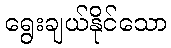
ရွေးချယ်နိုင်သော